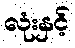
လုံးနှင့်